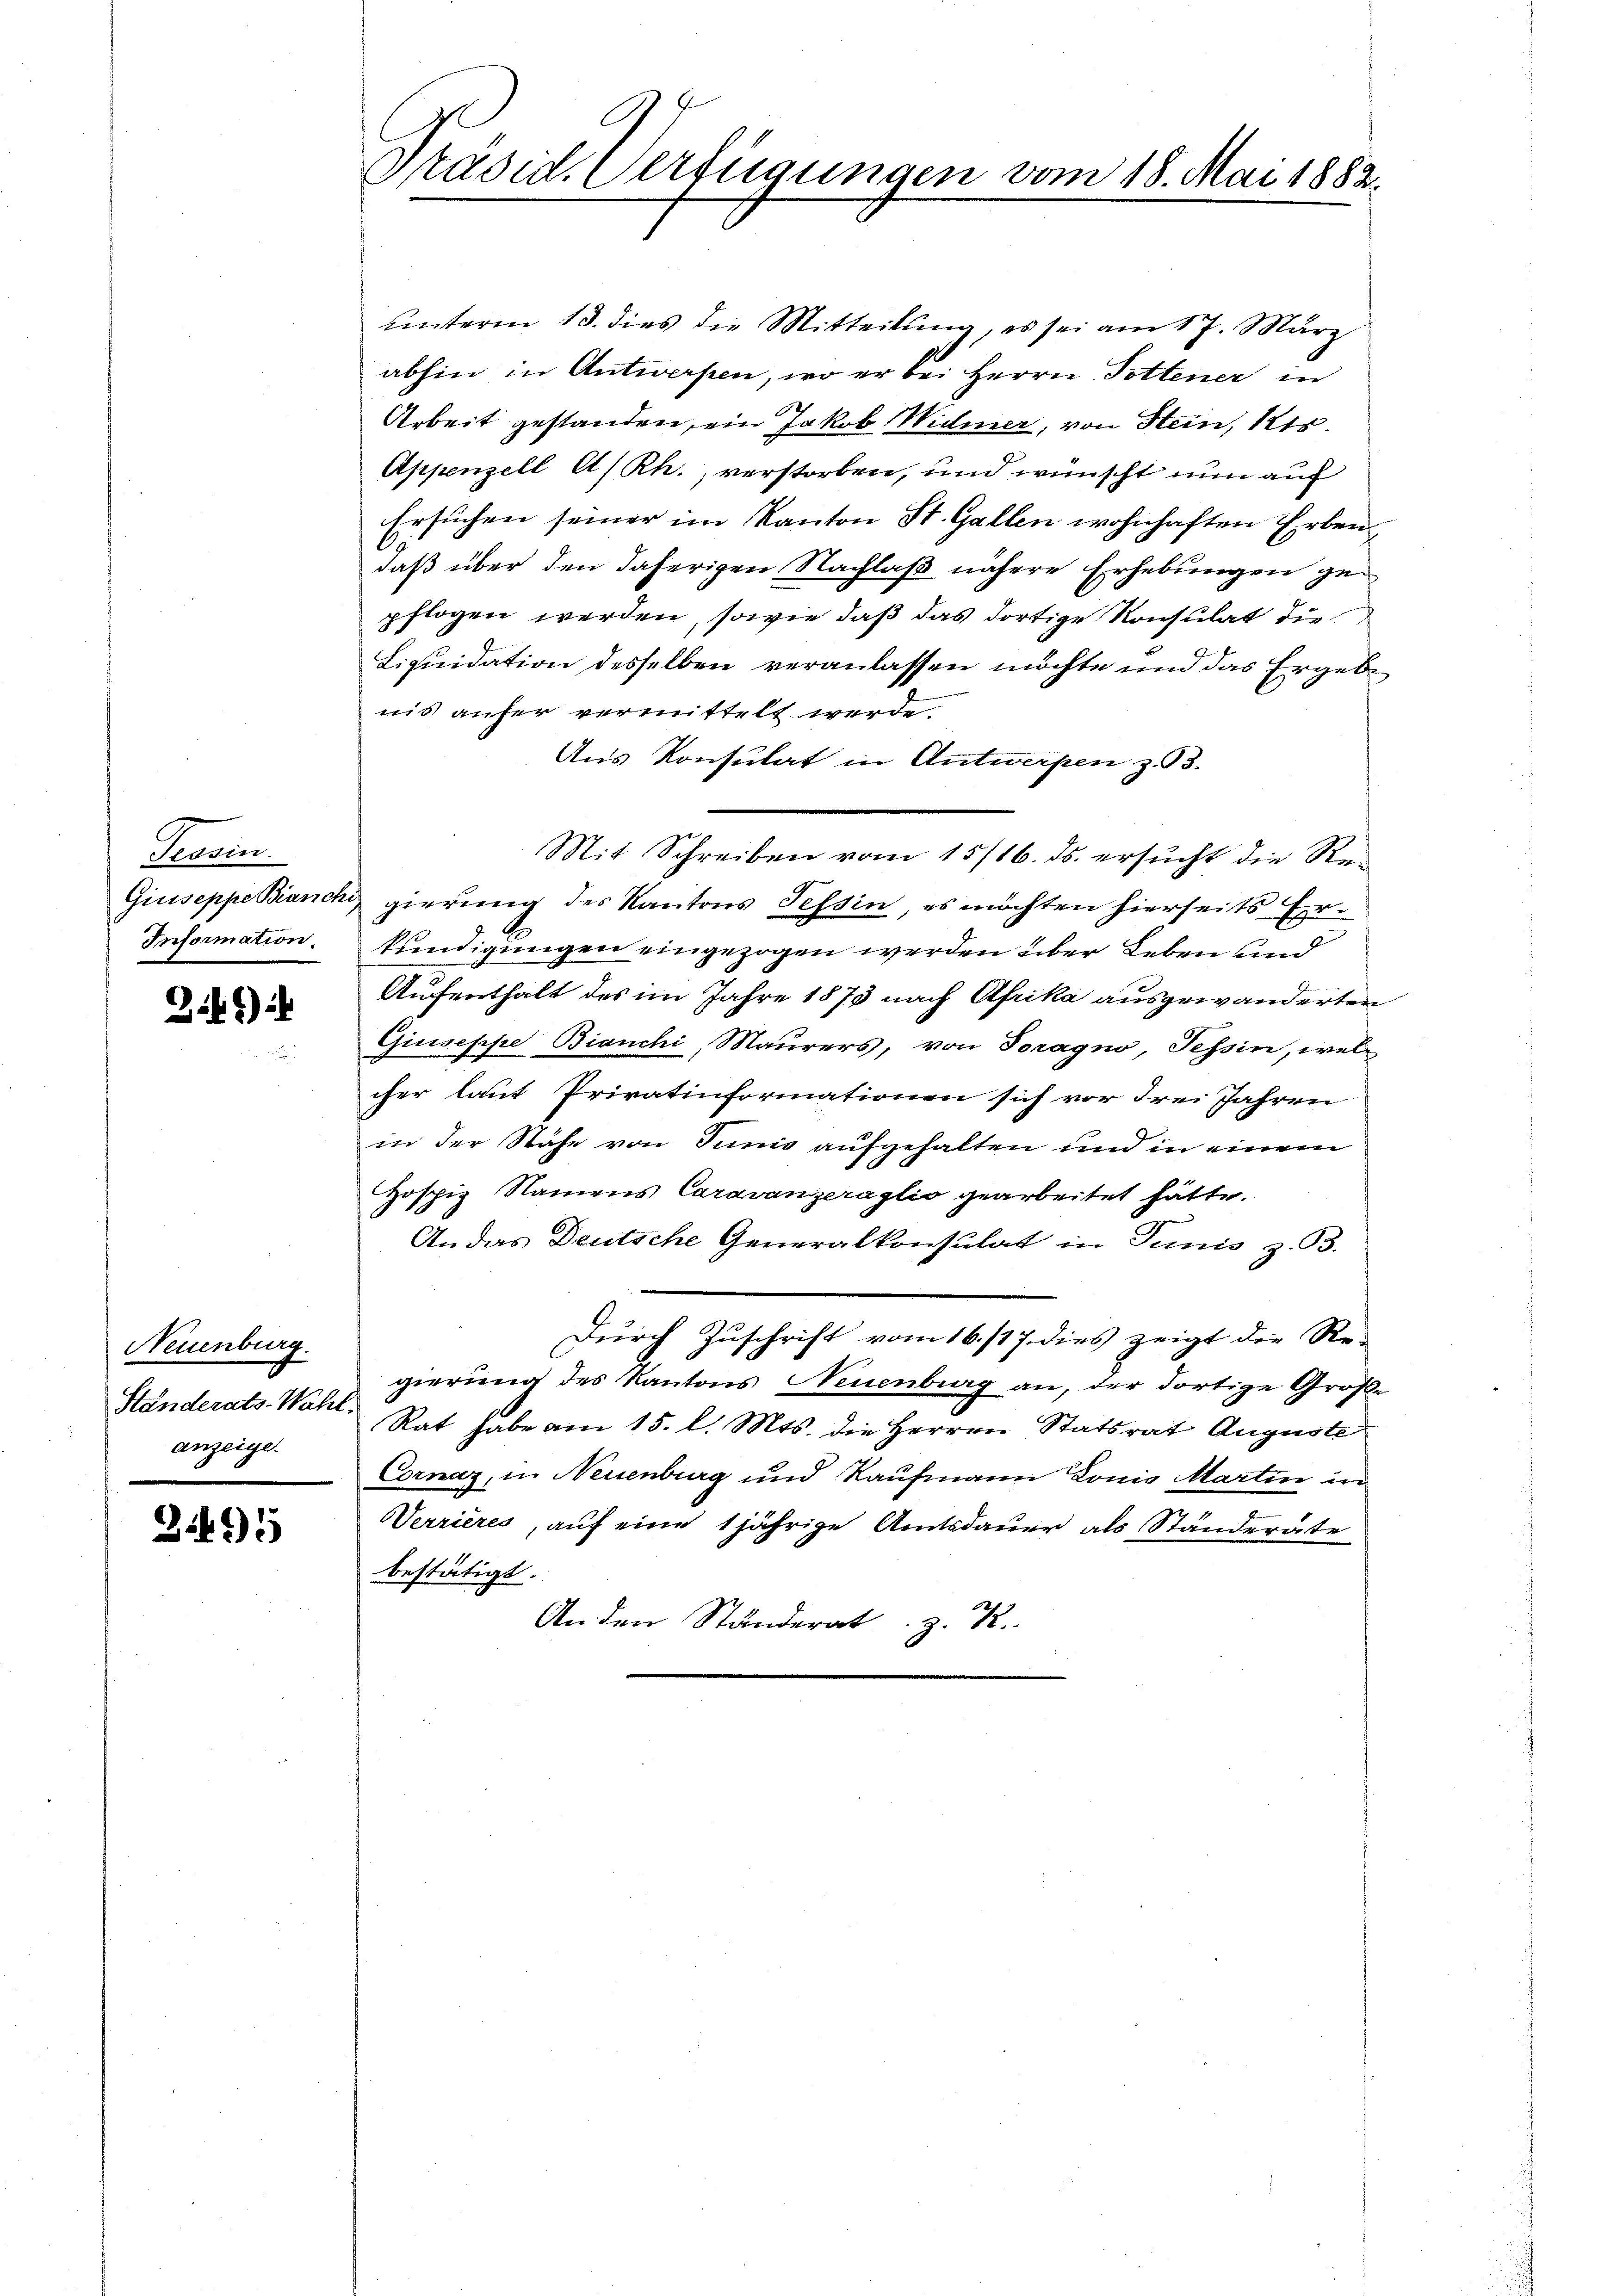
Tessin.
Giuseppe Bianche
Information.

1) i

Neuenburg.
Ständerats-Wahl.
anzeige.

3.495

A
Präsid. Verfügungen vom 18. Mai 1882.

unterm 13. dies die Mitteilŭng, es sei am 17. März
abhin in Antworfen, wo er bei Herrn Tottener in
Arbeit gestanden, ein Jakob Widmer, von Stein, Kts.
Appenzell A/Rh., verstorben, und wünscht nun auf
Ersuchen seiner im Kanton St. Gallen wohnhaften Erbendaß über den daherigen Nachlaß nähere Erhebungen gepflogen werden, sowie daß das dortige Konsulat die
Liquidation desselben veranlassen möchte und das Ergebe
nis anfer vermittelt werde.
Aus Konsulat in Antwerpen z. 93.
gierung des Kantons Tessin, es möchten hierseits Erkundigungen eingezogen werden über Leben und
Aufenthalt des im Jahre 1873 nach Afrika ausgewanderten
Giuseppe Bianchi, Maurers, von Soragno, Tessin, wel
cher laut Privatinformationen sich vor drei Jahren
in der Nähe von Sunis aufgehalten und in einem
Hospiz Namens Caravanzeraglio gearbeitet hätte.
Andas Deutsche Generalkonsulat in Junis z. B.
Durch Zuschrift vom 16. 117. dies zeigt die Re-
gierung des Kantons Neuenburg an, der dortige Große
Rat habe am 15. l. Mts. die Herren Statsrat Auguste
Cornaz, in Neuenburg und Kaufmann Lonio Martin in
Werrieres, auf eine 1jährige Amtsdauer als Ständeräte
bestätigt.
An den Ständerat z. R.

Mit Schreiben vom 15/16. ds. ersucht die Re¬